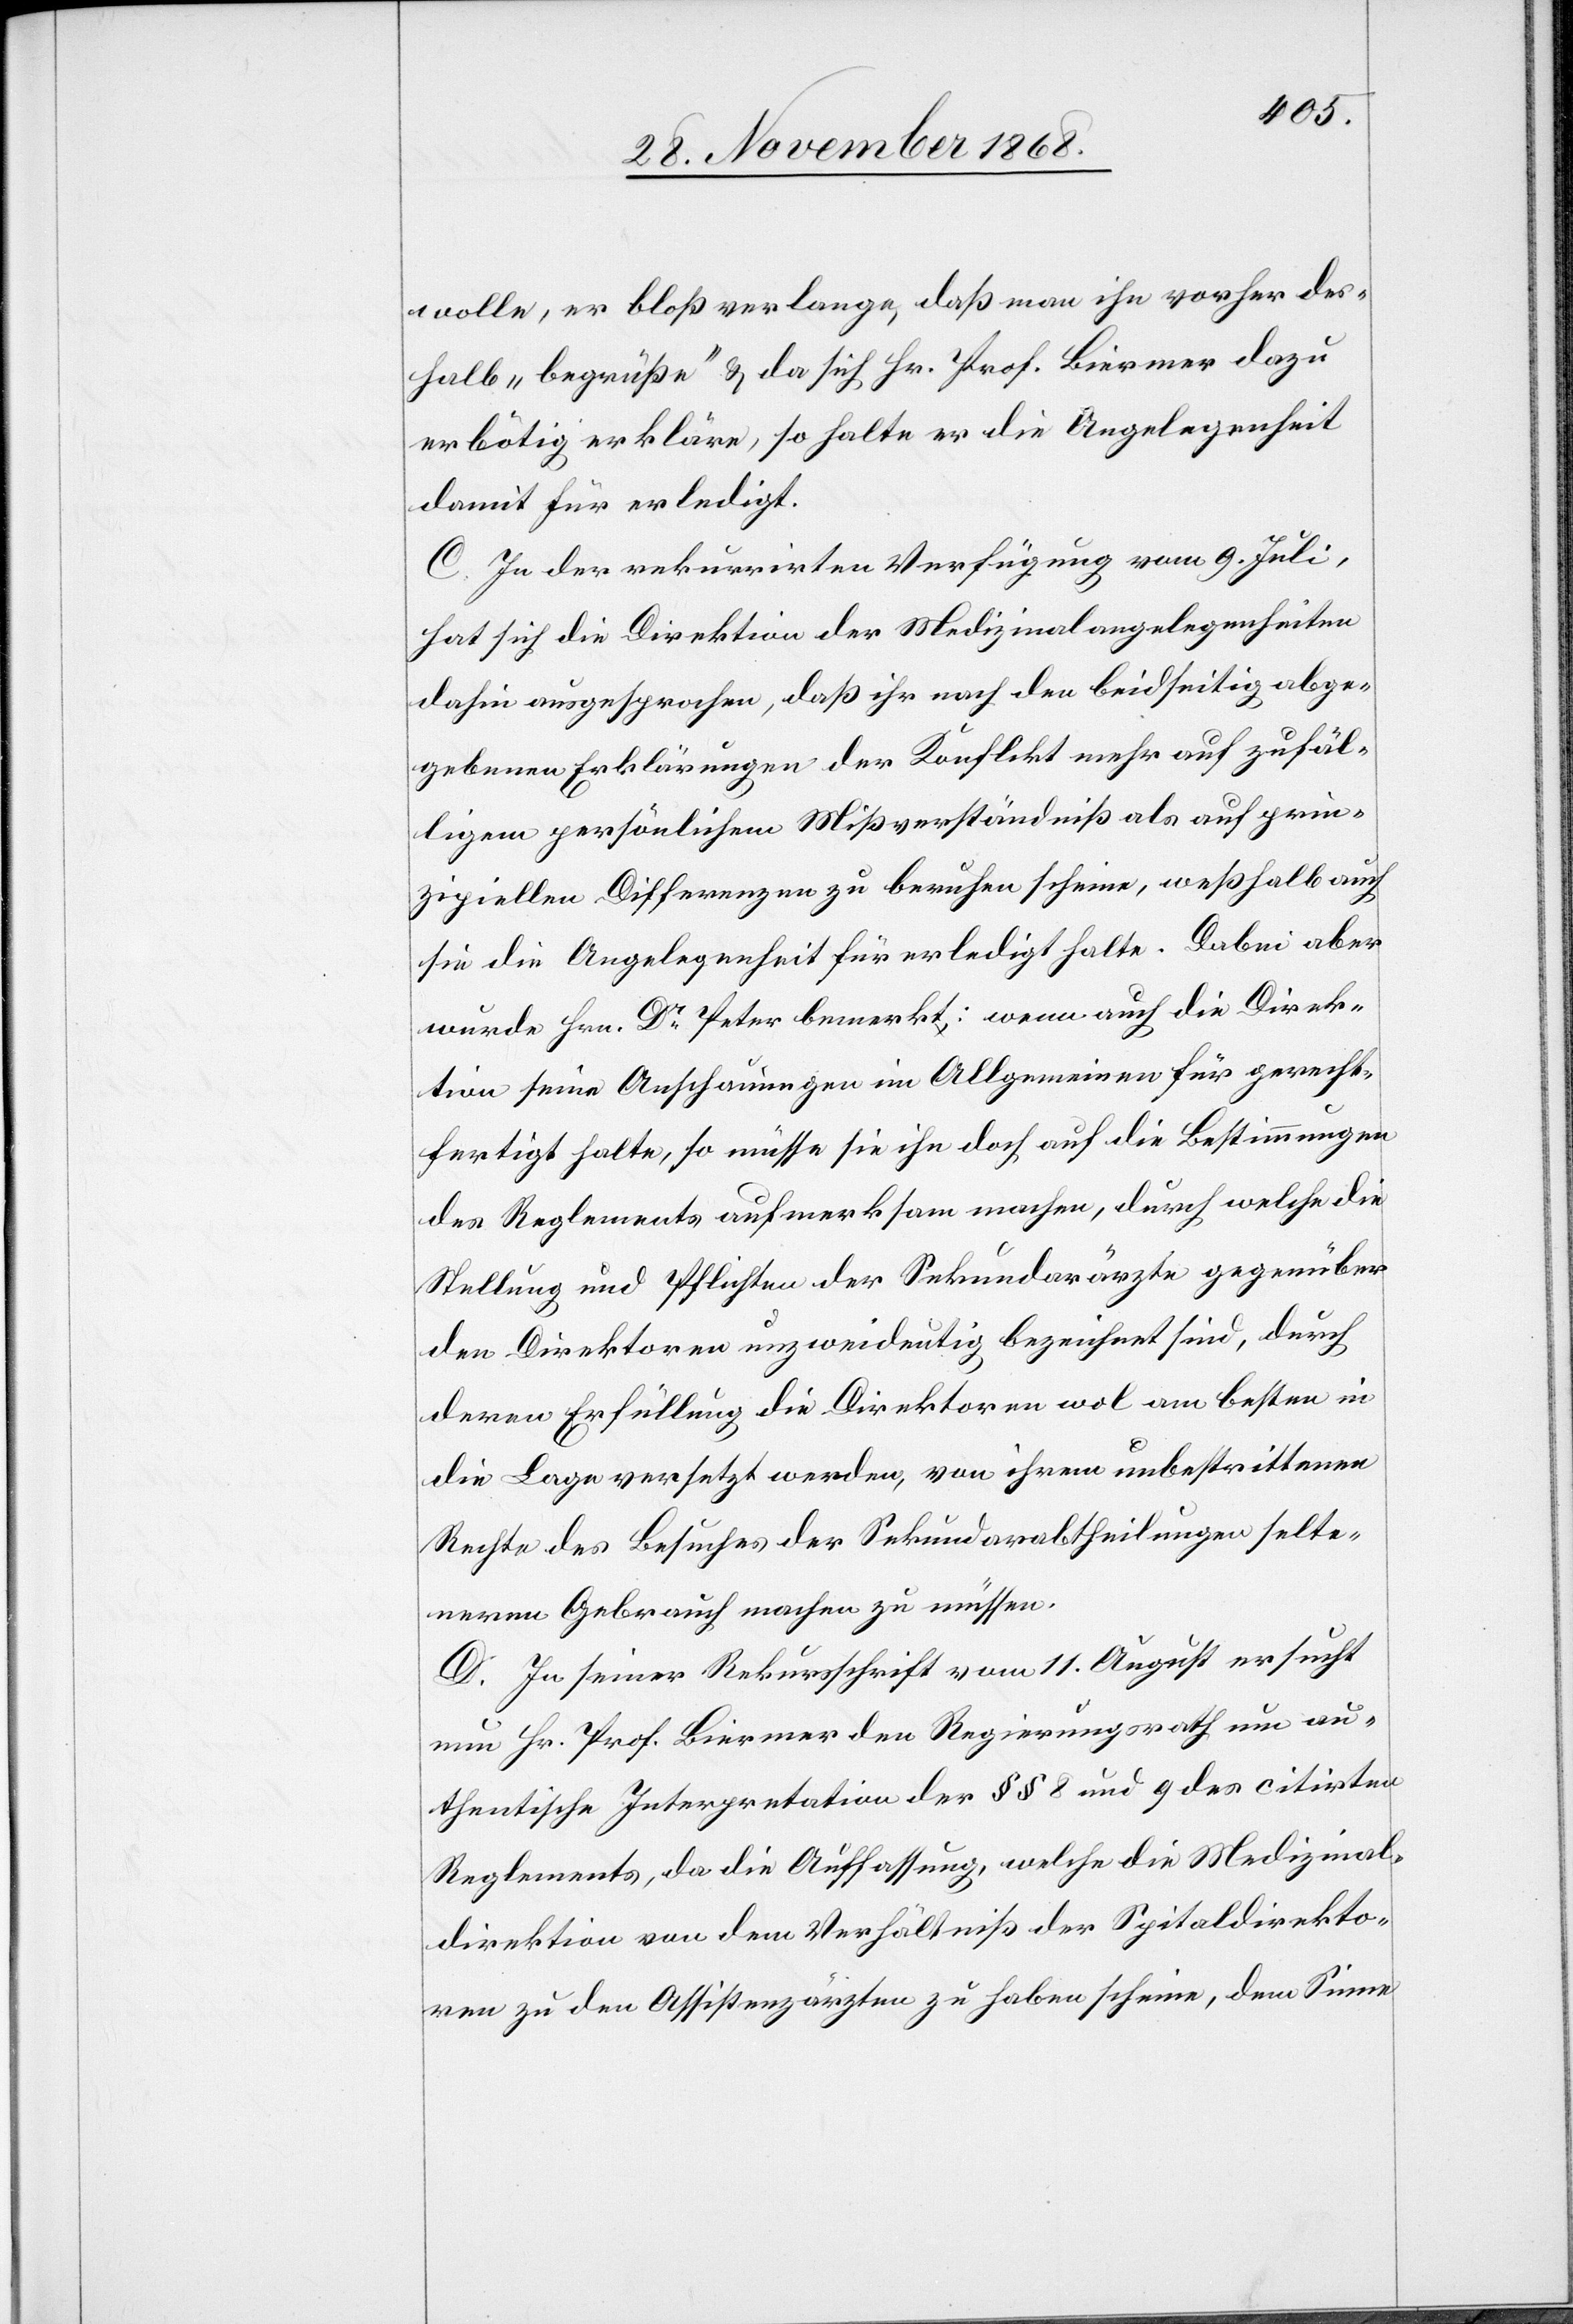
wolle, er bloß verlange, daß man ihn vorher des¬
halb „begrüße“ & da sich Hr. Prof. Biermer dazu
erbötig erkläre, so halte er die Angelegenheit
damit für erledigt.
C. In der rekurrirten Verfügung vom 9. Juli,
hat sich die Direktion der Medizinalangelegenheiten
dahin ausgesprochen, daß ihr nach den beidseitig abge¬
gebenen Erklärungen der Konflikt mehr auf zufäl¬
ligem persönlichem Mißverständniß als auf prin¬
zipiellen Differenzen zu beruhen scheine, weßhalb auch
sie die Angelegenheit für erledigt halte. Dabei aber
wurde Hrn. Dr Peter bemerkt: wenn auch die Direk¬
tion seine Anschauungen im Allgemeinen für gerecht¬
fertigt halte, so müsse sie ihn doch auf die Bestimmungen
des Reglements aufmerksam machen, durch welche die
Stellung und Pflichten der Sekundarärzte gegenüber
den Direktoren unzweideutig bezeichnet sind, durch
deren Erfüllung die Direktoren wol am besten in
die Lage versetzt werden, von ihrem unbestrittenen
Rechte des Besuches der Sekundarabtheilungen selte¬
neren Gebrauch machen zu müssen.
D. In seiner Rekursschrift vom 11. August ersucht
nun Hr. Prof. Biermer den Regierungsrath um au¬
thentische Interpretation der §§ 8 und 9 des citirten
Reglements, da die Auffassung, welche die Medizinal¬
direktion von dem Verhältniß der Spitaldirekto¬
ren zu den Assistenzärzten zu haben scheine, dem Sinne